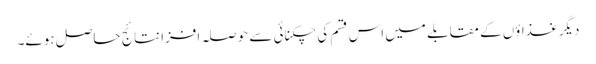
دیگر غذاؤں کے مقابلے میں اس قسم کی چکنائی سے حوصلہ افزا نتائج حاصل ہوئے۔